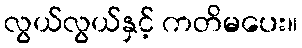
လွယ်လွယ်နှင့် ကတိမပေး။